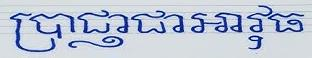
ប្រាជ្ញាជាអារុធ